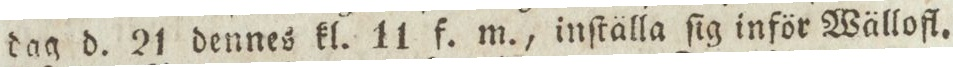
dag d. 21 dennes kl. 11 f. m., inſtälla ſig inför Wällofl.